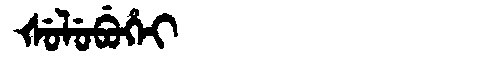
Manchu: ᡧᡠᠯᡠᠪᡠᡥᡝᡳ
Romanization: ŠULUBUHEI